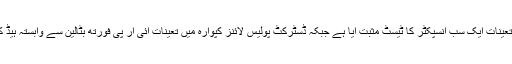
جمعہ کو کپوارہ پولیس سٹیشن میں تعینات ایک سب انسپکٹر کا ٹیسٹ مثبت آیا ہے جبکہ ڈسٹرکٹ پولیس لائنز کپوارہ میں تعینات آئی آر پی فورتھ بٹالین سے وابستہ ہیڈ کانسٹیبل بھی مثبت قرار دیا گیا ہے۔